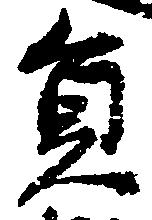
員